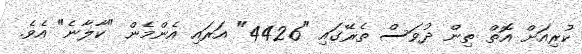
ކުރިއަށް އޮތް ތިން ދުވަސް ތެރޭގައި "4426" އަރައި އެންމެން "ކާލާނެ" އެވެ.